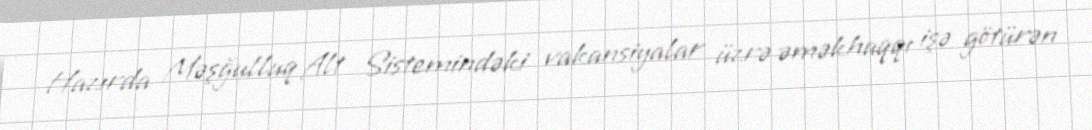
Hazırda Məşğulluq Alt Sistemindəki vakansiyalar üzrə əməkhaqqı işə götürən